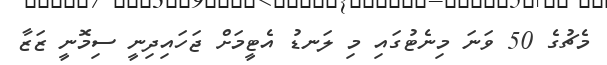
މެޗުގެ 50 ވަނަ މިނެޓުގައި މި ލަނޑު އެޓީމަށް ޖަހައިދިނީ ސިމޮނީ ޒަޒާ